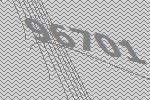
96701